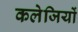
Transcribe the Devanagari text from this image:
कलेजियों